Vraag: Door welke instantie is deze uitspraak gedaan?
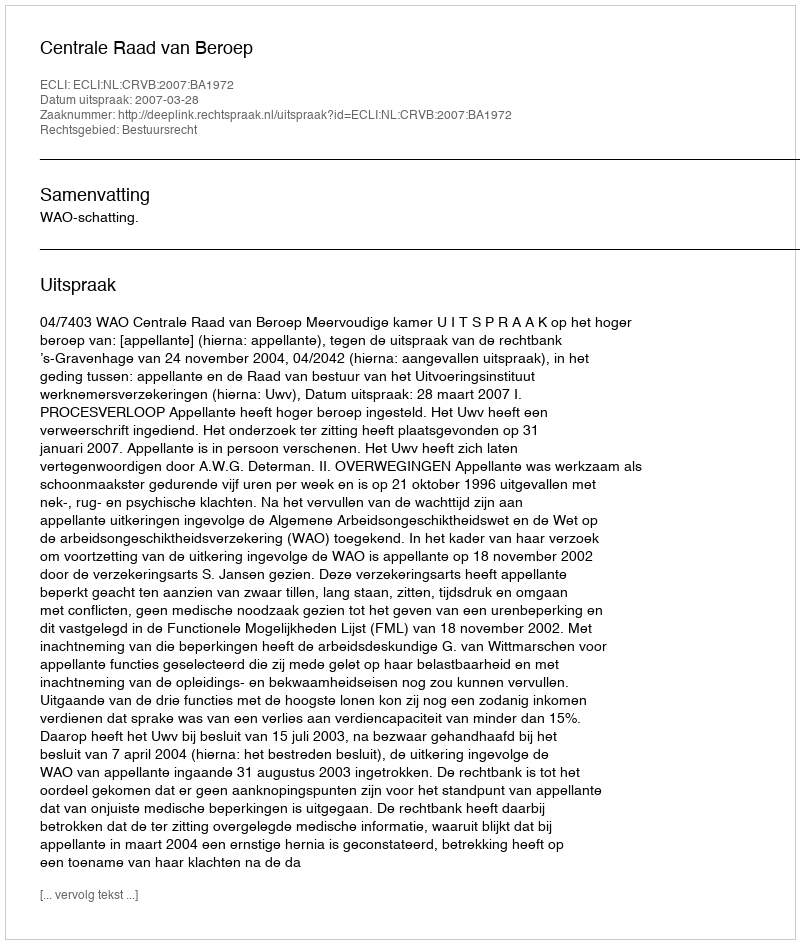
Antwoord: Centrale Raad van Beroep